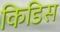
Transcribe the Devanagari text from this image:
किडिस